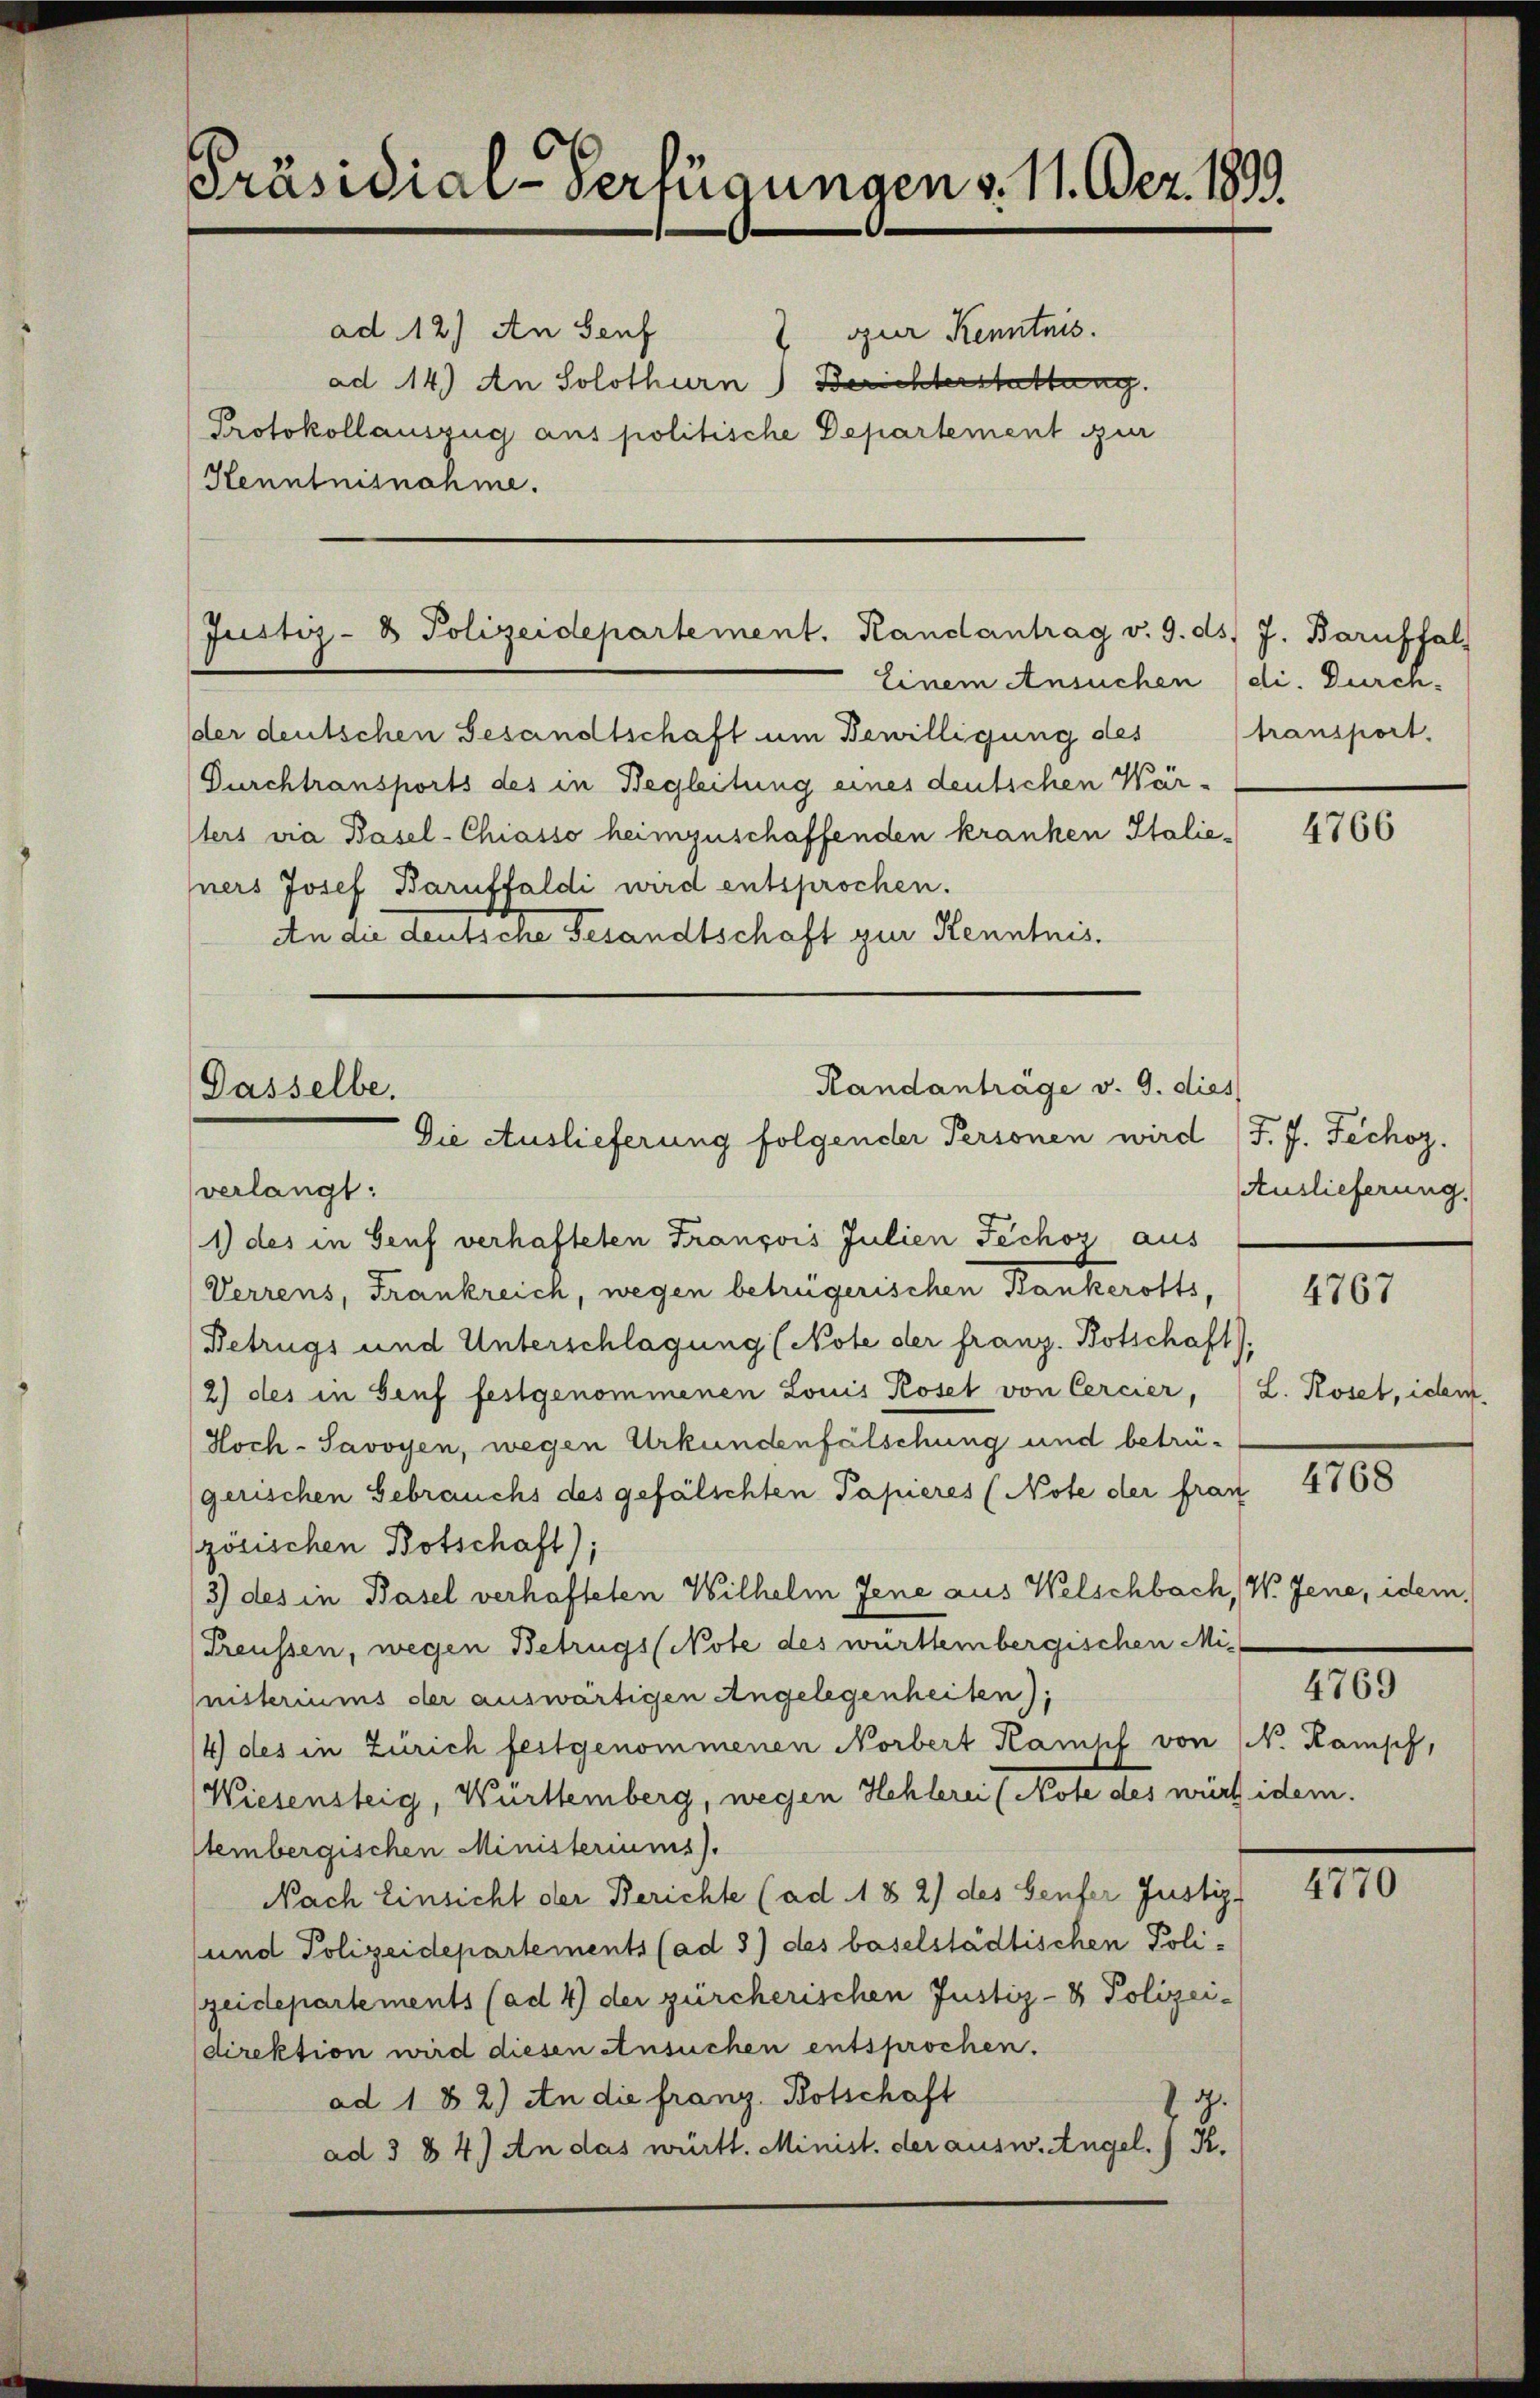
Präsidial-Verfügungen v. 11. Dez. 1899.
ad 12) An Seuf
 our Kenntnis.
ad 14) An Solothurn) Berichterstattung
Protokollauszug aus politische Departement zur
Henntnisnahme.

Justiz- & Polizeidepartement. Randantrag v. 9. ds. J. Baruffal

Einem Ansuchen (di. Durch-
der deutschen Gesandtschaft um Bewilligung des transport.
Durchtransports des in Begleitung eines deutschen Wärsters via Basel-Chiasso heimzuschaffenden kranken Italie-
ners Josef Baruffaldi wird entsprochen.
An die deutsche Gesandtschaft zur Kenntnis.

Randanträge v. 9. die
Gasselbe.
Die Auslieferung folgender Personen wird J. J. Fechoz.
verlangt:
1) des in Genf verhafteten François Julien Fechor aus

Verrens, Frankreich, wegen betrügerischen Bankerotts,
Betrugs und Unterschlagung (Note der franz. Botschaft)
2) des in Genf festgenommenen Louis Koset von Cercier, (L. Roset, idem
Hoch-Savoyen, wegen Urkundenfälschung und betrügerischen Gebrauchs des gefälschten Papieres (Note der fran
zösischen Botschaft);
3) des in Basel verhafteten Wilhelm Jene aus Welschbach, V. Jene, idem
Treussen, wegen Betrugs (Note des württembergischen Ministeriums der auswärtigen Angelegenheiten);
/4) des in Zürich festgenommenen Norbert Kampf von N. Kampf,
Wiesensteig, Württemberg, wegen Hehlerei (Note des würt idem.
tembergischen Ministeriums).
Nach Einsicht der Berichte (ad 18 2) des Genfer Justiz-
und Polizeidepartements (ad 3) des baselstädtischen Poli-
zeidepartements (ad 4) der zürcherischen Justiz- & Polizei-
direktion wird diesen Ansuchen entsprochen.
ad 1 & 2.) An die franz Botschaft
ad § 84.) An das württ. Minist. der ausw. Angel. I S.

4766

4
Auslieferung.

4767

1100

4769

110